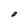
Character: O